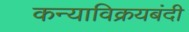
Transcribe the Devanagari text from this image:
कन्याविक्रयबंदी